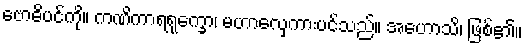
ဗောဓိပင်ကို။ ကဏိကာရရုက္ခော၊ မဟာလှေကားပင်သည်။ အဟောသိ၊ ဖြစ်၏။